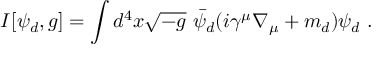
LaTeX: I [ \psi _ { d } , g ] = \int d ^ { 4 } x \sqrt { - g } ~ \bar { \psi } _ { d } ( i \gamma ^ { \mu } \nabla _ { \mu } + m _ { d } ) \psi _ { d } ~ .